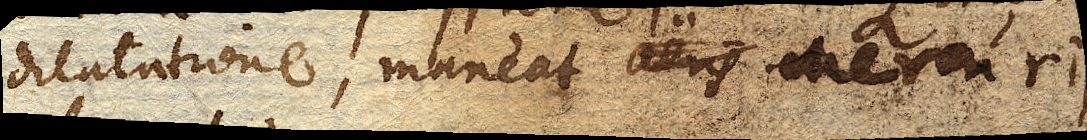
dilatatione, maneat aeris Mercurii